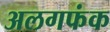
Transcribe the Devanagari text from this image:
अलगफंक